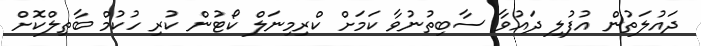
ދައުލަތުން އުފުލި ދައުވާ ސާބިތުނުވާ ކަމަށް ކްރިމިނަލް ކޯޓުން ކުރި ހުކުމް ބާތިލްކޮށް